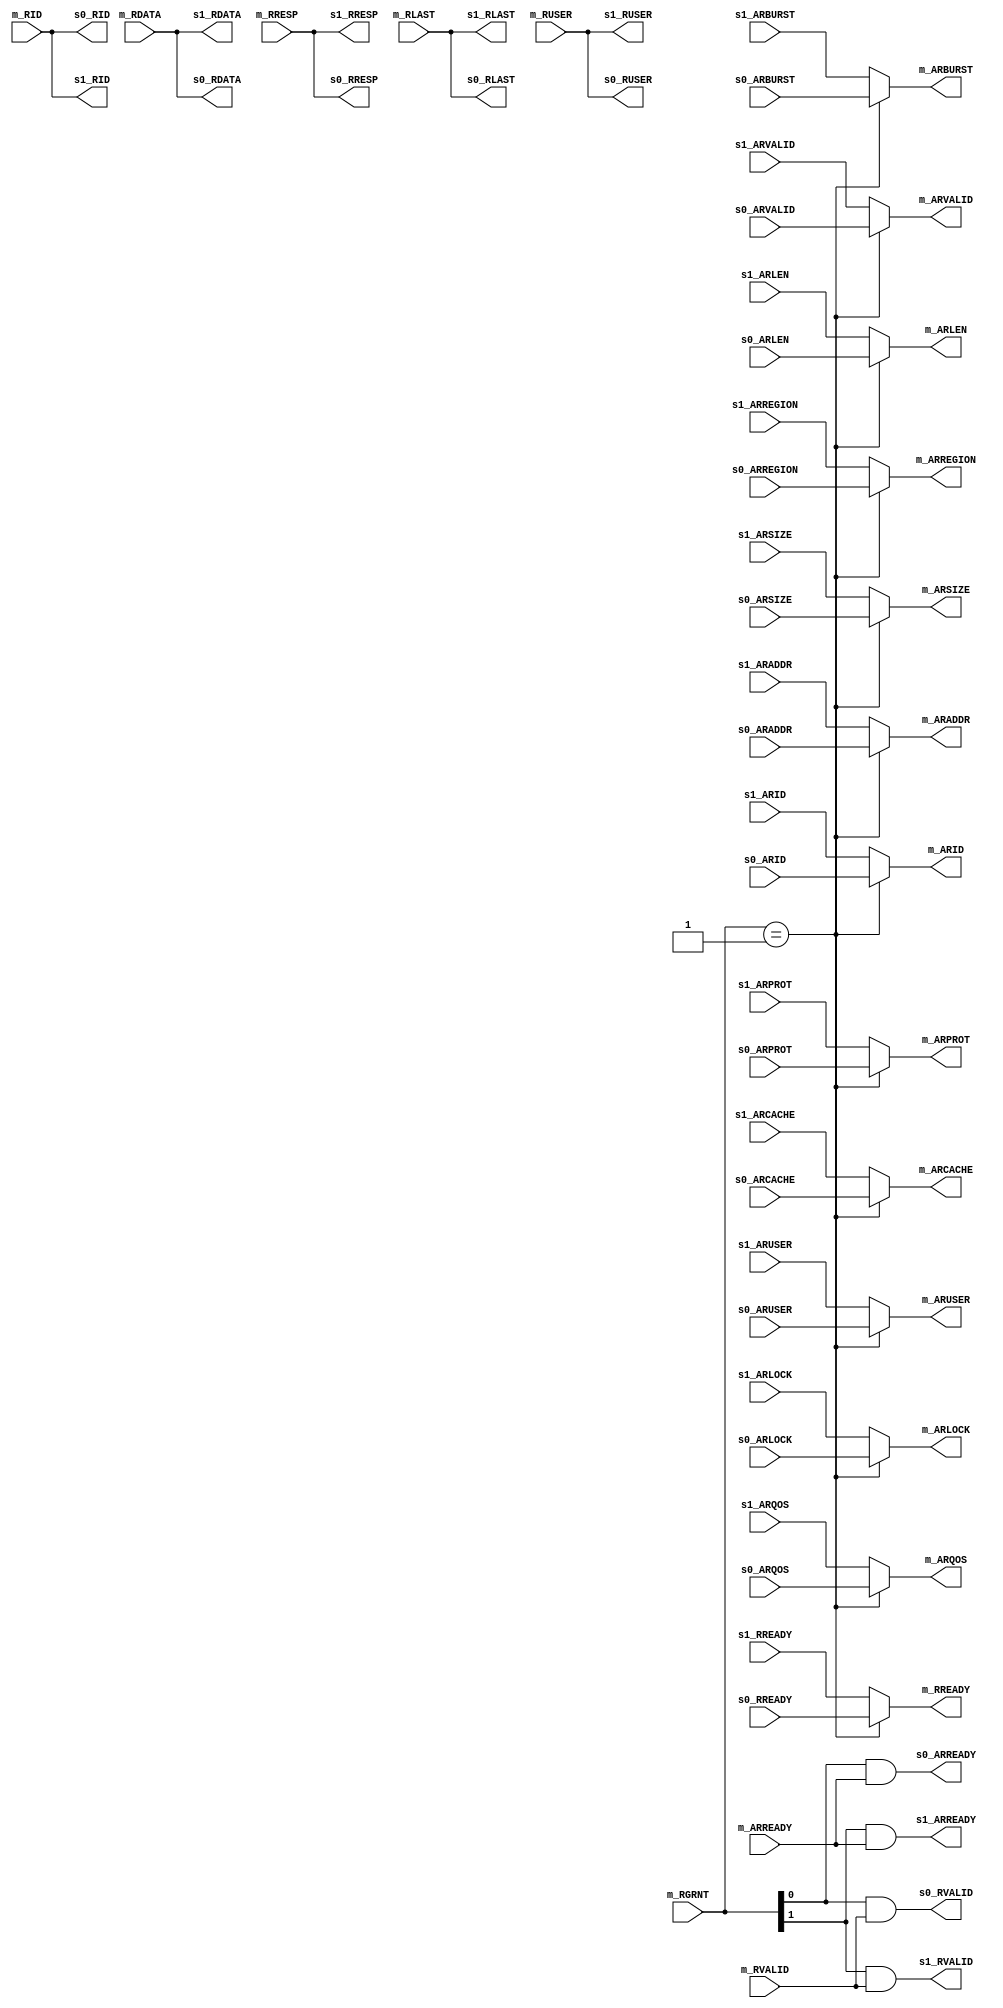
/*
Copyright 2021 GaoZiBo <diyer175@hotmail.com>
Powered by YSYX https://oscpu.github.io/ysyx

Licensed under The MIT License (MIT).
-------------------------------------
Permission is hereby granted, free of charge, to any person obtaining a copy of
this software and associated documentation files (the "Software"), to deal in
the Software without restriction, including without limitation the rights to
use, copy, modify, merge, publish, distribute, sublicense, and/or sell copies of
the Software, and to permit persons to whom the Software is furnished to do so,
subject to the following conditions:

The above copyright notice and this permission notice shall be included in all
copies or substantial portions of the Software.

THE SOFTWARE IS PROVIDED "AS IS", WITHOUT WARRANTY OF ANY KIND, EXPRESS OR
IMPLIED,INCLUDING BUT NOT LIMITED TO THE WARRANTIES OF MERCHANTABILITY, FITNESS
FOR A PARTICULAR PURPOSE AND NONINFRINGEMENT. IN NO EVENT SHALL THE AUTHORS OR
COPYRIGHT HOLDERS BE LIABLE FOR ANY CLAIM, DAMAGES OR OTHER LIABILITY, WHETHER
IN AN ACTION OF CONTRACT, TORT OR OTHERWISE, ARISING FROM, OUT OF OR IN
CONNECTION WITH THE SOFTWARE OR THE USE OR OTHER DEALINGS IN THE SOFTWARE.
 */

module axi4_mux_r
#(
   parameter AXI_P_DW_BYTES  = 0,
   parameter AXI_ADDR_WIDTH = 0,
   parameter AXI_ID_WIDTH = 0,
   parameter AXI_USER_WIDTH = 0
)
(
   input [1:0]                         m_RGRNT,

   // Slave interface 0
   output                              s0_ARREADY,
   input                               s0_ARVALID,
   input [AXI_ADDR_WIDTH-1:0]          s0_ARADDR,
   input [2:0]                         s0_ARPROT,
   input [AXI_ID_WIDTH-1:0]            s0_ARID,
   input [AXI_USER_WIDTH-1:0]          s0_ARUSER,
   input [7:0]                         s0_ARLEN,
   input [2:0]                         s0_ARSIZE,
   input [1:0]                         s0_ARBURST,
   input                               s0_ARLOCK,
   input [3:0]                         s0_ARCACHE,
   input [3:0]                         s0_ARQOS,
   input [3:0]                         s0_ARREGION,

   input                               s0_RREADY,
   output                              s0_RVALID,
   output  [(1<<AXI_P_DW_BYTES)*8-1:0] s0_RDATA,
   output  [1:0]                       s0_RRESP,
   output                              s0_RLAST,
   output  [AXI_ID_WIDTH-1:0]          s0_RID,
   output  [AXI_USER_WIDTH-1:0]        s0_RUSER,


   // Slave interface 1
   output                              s1_ARREADY,
   input                               s1_ARVALID,
   input [AXI_ADDR_WIDTH-1:0]          s1_ARADDR,
   input [2:0]                         s1_ARPROT,
   input [AXI_ID_WIDTH-1:0]            s1_ARID,
   input [AXI_USER_WIDTH-1:0]          s1_ARUSER,
   input [7:0]                         s1_ARLEN,
   input [2:0]                         s1_ARSIZE,
   input [1:0]                         s1_ARBURST,
   input                               s1_ARLOCK,
   input [3:0]                         s1_ARCACHE,
   input [3:0]                         s1_ARQOS,
   input [3:0]                         s1_ARREGION,

   input                               s1_RREADY,
   output                              s1_RVALID,
   output  [(1<<AXI_P_DW_BYTES)*8-1:0] s1_RDATA,
   output  [1:0]                       s1_RRESP,
   output                              s1_RLAST,
   output  [AXI_ID_WIDTH-1:0]          s1_RID,
   output  [AXI_USER_WIDTH-1:0]        s1_RUSER,


   // Master interface
   input                               m_ARREADY,
   output reg                          m_ARVALID,
   output reg  [AXI_ADDR_WIDTH-1:0]    m_ARADDR,
   output reg  [2:0]                   m_ARPROT,
   output reg  [AXI_ID_WIDTH-1:0]      m_ARID,
   output reg  [AXI_USER_WIDTH-1:0]    m_ARUSER,
   output reg  [7:0]                   m_ARLEN,
   output reg  [2:0]                   m_ARSIZE,
   output reg  [1:0]                   m_ARBURST,
   output reg                          m_ARLOCK,
   output reg  [3:0]                   m_ARCACHE,
   output reg  [3:0]                   m_ARQOS,
   output reg  [3:0]                   m_ARREGION,

   output reg                          m_RREADY,
   input                               m_RVALID,
   input  [(1<<AXI_P_DW_BYTES)*8-1:0]  m_RDATA,
   input  [1:0]                        m_RRESP,
   input                               m_RLAST,
   input  [AXI_ID_WIDTH-1:0]           m_RID,
   input  [AXI_USER_WIDTH-1:0]         m_RUSER
);

   always @(*)
      case (m_RGRNT)
         2'b01:
            begin
               m_ARVALID = s0_ARVALID;
               m_ARADDR = s0_ARADDR;
               m_ARPROT = s0_ARPROT;
               m_ARID = s0_ARID;
               m_ARUSER = s0_ARUSER;
               m_ARLEN = s0_ARLEN;
               m_ARSIZE = s0_ARSIZE;
               m_ARBURST = s0_ARBURST;
               m_ARLOCK = s0_ARLOCK;
               m_ARCACHE = s0_ARCACHE;
               m_ARQOS = s0_ARQOS;
               m_ARREGION = s0_ARREGION;
               m_RREADY = s0_RREADY;
            end
         default:
            begin
               m_ARVALID = s1_ARVALID;
               m_ARADDR = s1_ARADDR;
               m_ARPROT = s1_ARPROT;
               m_ARID = s1_ARID;
               m_ARUSER = s1_ARUSER;
               m_ARLEN = s1_ARLEN;
               m_ARSIZE = s1_ARSIZE;
               m_ARBURST = s1_ARBURST;
               m_ARLOCK = s1_ARLOCK;
               m_ARCACHE = s1_ARCACHE;
               m_ARQOS = s1_ARQOS;
               m_ARREGION = s1_ARREGION;
               m_RREADY = s1_RREADY;
            end
      endcase

   assign s0_ARREADY = (m_RGRNT[0] & m_ARREADY);
   assign s0_RVALID = (m_RGRNT[0] & m_RVALID);
   assign s0_RDATA = m_RDATA;
   assign s0_RRESP = m_RRESP;
   assign s0_RLAST = m_RLAST;
   assign s0_RID = m_RID;
   assign s0_RUSER = m_RUSER;

   assign s1_ARREADY = (m_RGRNT[1] & m_ARREADY);
   assign s1_RVALID = (m_RGRNT[1] & m_RVALID);
   assign s1_RDATA = m_RDATA;
   assign s1_RRESP = m_RRESP;
   assign s1_RLAST = m_RLAST;
   assign s1_RID = m_RID;
   assign s1_RUSER = m_RUSER;

endmodule